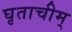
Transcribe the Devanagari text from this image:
घृताचीम्